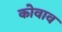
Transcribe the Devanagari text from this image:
कोवाव